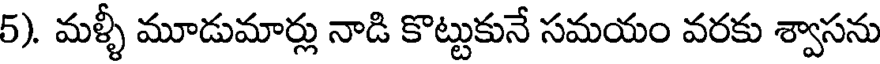
5). మళ్ళీ మూడుమార్లు నాడి కొట్టుకునే సమయం వరకు శ్వాసను